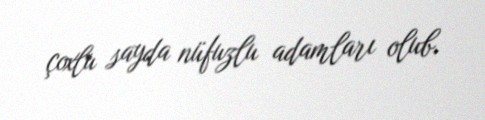
çoxlu sayda nüfuzlu adamları olub.